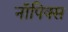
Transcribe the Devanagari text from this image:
नॉपिक्स